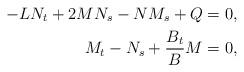
LaTeX: \begin{align*} -LN_t+2MN_s-NM_s+Q&=0,\\M_t-N_s+\frac{B_t}{B}M&=0,\end{align*}